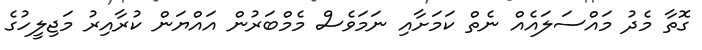
ގޮތާ މެދު މައްސަލައެއް ނެތް ކަމަށާއި ނަމަވެސް މެމްބަރުން އައްޔަން ކުރާއިރު މަޖިލީހުގެ